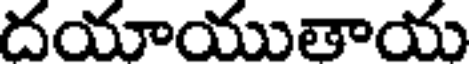
దయాయుతాయ